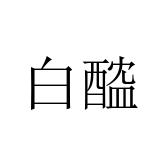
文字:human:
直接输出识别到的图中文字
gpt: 白醓